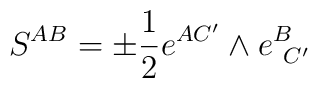
S^{AB} = \pm \frac 1 2 e^{AC'} \wedge e^B_{\ C'}\label K